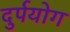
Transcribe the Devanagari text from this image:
दुर्पयोग